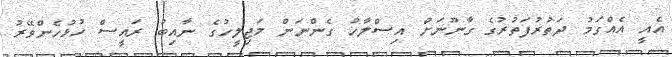
އެއީ އެއްގަމު ދަތުރުފަތުރުގެ ގާނޫނަށް އިސްލާހު ގެންނަން މަޖިލީހުގެ ނާއިބު ރައީސް ހުޅުހެންވޭރު